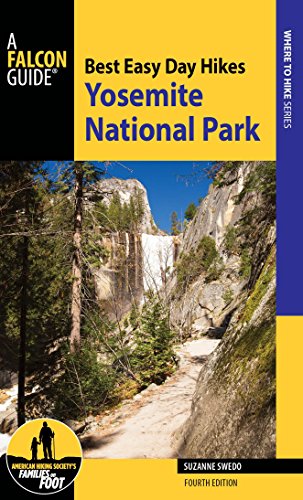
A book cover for Best Easy Day Hikes Yosemite National Park (Best Easy Day Hikes Series); Suzanne Swedo; Travel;